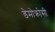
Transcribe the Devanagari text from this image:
डेमोक्रोसी